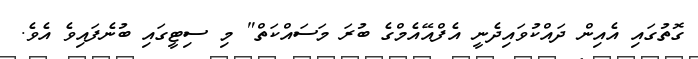
ގޮތުގައި އެއިން ދައްކުވައިދެނީ އެފްއޭއެމްގެ ބުރަ މަސައްކަތް" މި ސިޓީގައި ބުނެފައިވެ އެވެ.